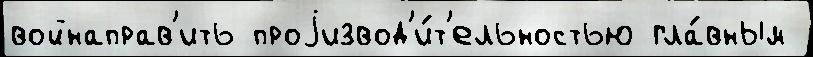
войнаправ'ить проjизвод'и́т'ельностью гла́вным